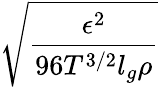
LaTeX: \sqrt{\frac{\epsilon^{2}}{96T^{3/2}l_{g}\rho}}